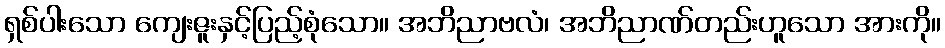
ရှစ်ပါးသော ကျေးဇူးနှင့်ပြည့်စုံသော။ အဘိညာဗလံ၊ အဘိညာဏ်တည်းဟူသော အားကို။